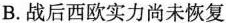
B.战后西欧实力尚未恢复